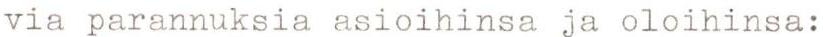
via parannuksia asioihinsa ja oloihinsa: